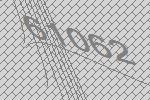
61062